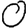
Digit: 0